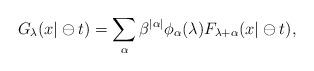
LaTeX: \begin{align*}G_{\lambda }(x|\ominus t)=\sum_{\alpha }\beta ^{|\alpha |}\phi _{\alpha}(\lambda )F_{\lambda +\alpha }(x|\ominus t), \end{align*}